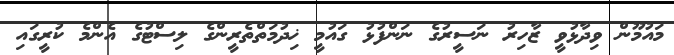
މައުމޫން ވިދާޅުވީ ޒާހިރު ނަސީރުގެ ނަންފުޅު ގައުމީ ޚިދުމަތްތެރީންގެ ލިސްޓުގެ އެންމެ ކުރީގައި